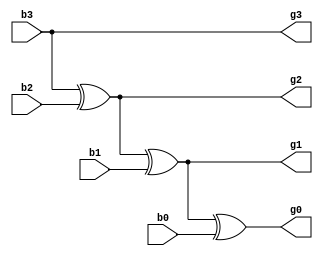
module b2g (b3,b2,b1,b0,g3,g2,g1,g0);

input b3,b2,b1,b0;
output g3,g2,g1,g0;

assign g3=b3;
assign g2=b3^b2;
assign g1=g2^b1;
assign g0=g1^b0;

endmodule